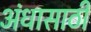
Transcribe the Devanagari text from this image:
अंधासाठी